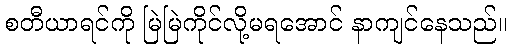
စတီယာရင်ကို မြဲမြဲကိုင်လို့မရအောင် နာကျင်နေသည်။